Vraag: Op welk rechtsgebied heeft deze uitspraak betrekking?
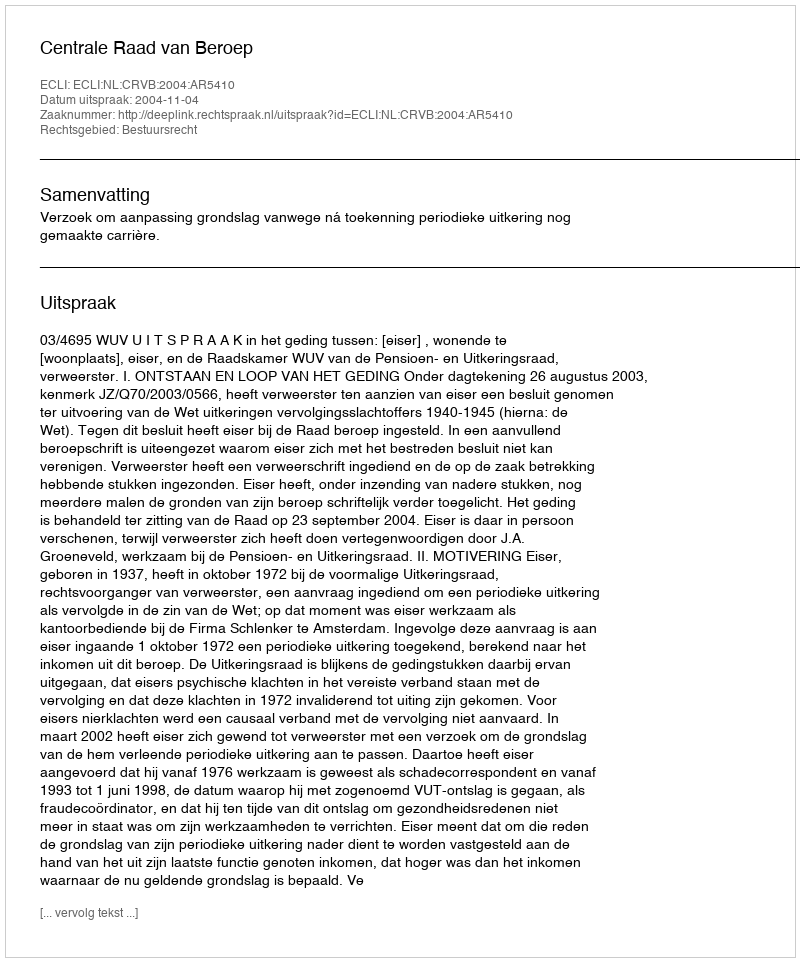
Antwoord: Bestuursrecht